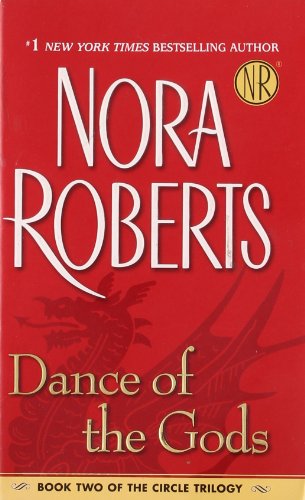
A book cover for Dance of the Gods (The Circle Trilogy, Book 2); Nora Roberts; Romance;